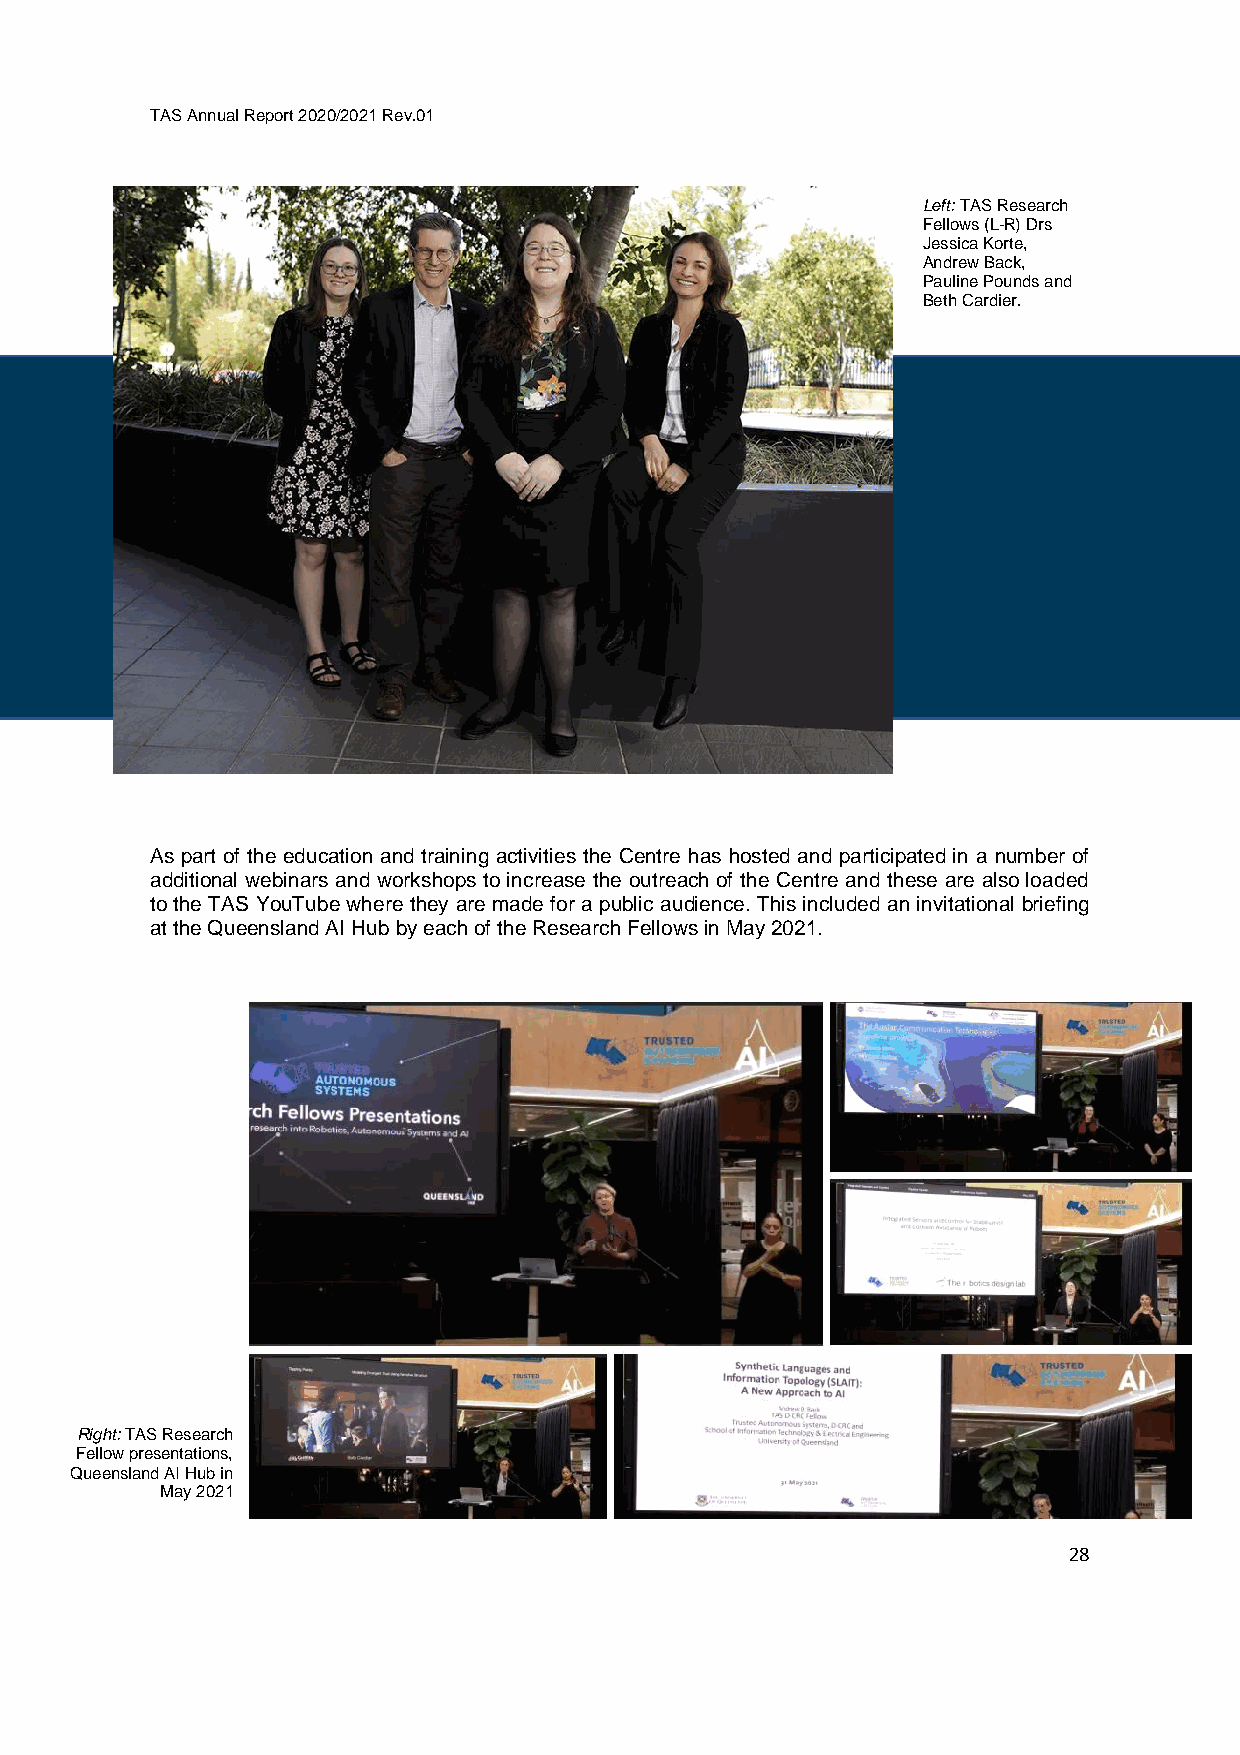
TAS Annual Report 2020/2021 Rev.01
 Left: TAS Research
 Fellows (L-R) Drs
 Jessica Korte,
 Andrew Back,
 Pauline Pounds and
 Beth Cardier.
 As part of the education and training activities the Centre has hosted and participated in a number of
 additional webinars and workshops to increase the outreach of the Centre and these are also loaded
 to the TAS YouTube where they are made for a public audience. This included an invitational briefing
 at the Queensland AI Hub by each of the Research Fellows in May 2021.
 Right: TAS Research
 Fellow presentations,
 Queensland AI Hub in
 May 2021
 28